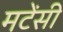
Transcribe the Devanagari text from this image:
मटेंसी